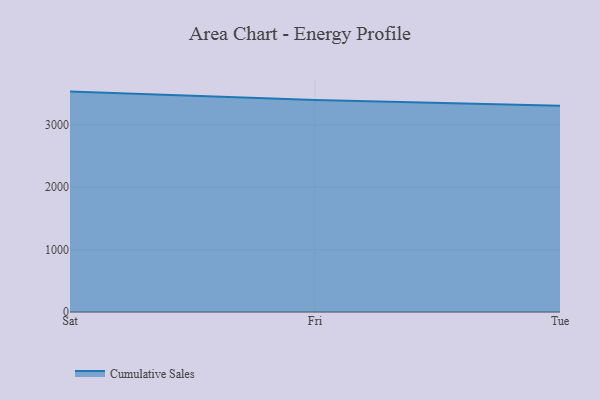
{"axis": {"x": "Day", "y": "Shipments"}, "legend": ["Cumulative Sales"], "data": [{"x": "Sat", "y": 3534.1, "type": "Cumulative Sales"}, {"x": "Fri", "y": 3397.9, "type": "Cumulative Sales"}, {"x": "Tue", "y": 3306.6, "type": "Cumulative Sales"}]}